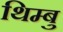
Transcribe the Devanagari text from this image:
थिम्बु